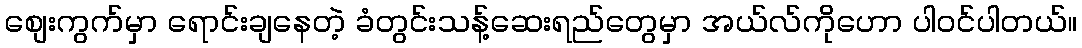
စျေးကွက်မှာ ရောင်းချနေတဲ့ ခံတွင်းသန့်ဆေးရည်တွေမှာ အယ်လ်ကိုဟော ပါဝင်ပါတယ်။